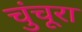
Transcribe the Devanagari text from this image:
चुंचूरा